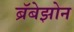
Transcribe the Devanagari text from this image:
ब्रॅबेझोन